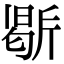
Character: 𭤥